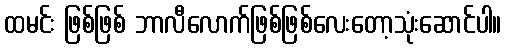
ထမင်း ဖြစ်ဖြစ် ဘာလီလောက်ဖြစ်ဖြစ်လေးတော့သုံးဆောင်ပါ။